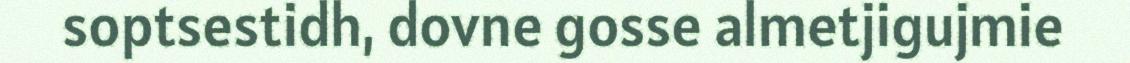
soptsestidh, dovne gosse almetjigujmie